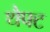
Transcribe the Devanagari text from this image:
थैफ्ट